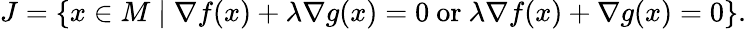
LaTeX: J=\{ x\in M\mid\nabla{f(x)}+\lambda\nabla{g(x)}=0{\mathrm{~or~}}\lambda\nabla{f(x)}+\nabla{g(x)}=0\} .